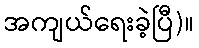
အကျယ်ရေးခဲ့ပြီ)။